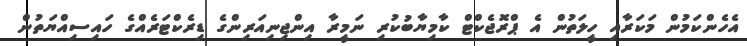
އެހެންކަމުން މަކަރާއި ހީލަތުން އެ ޕްރޮޖެކްޓް ކާމިޔާބުކުރި ނަމީރާ އިންޖިނިއަރިންގެ ޑިރެކްޓަރެއްގެ ހައިސިއްޔަތުން